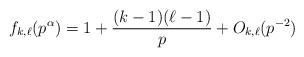
LaTeX: \begin{align*} f_{k,\ell}(p^{\alpha}) = 1 + \frac{(k-1)(\ell-1)}{p} + O_{k,\ell}(p^{-2})\end{align*}